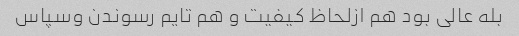
بله عالی بود هم ازلحاظ کیفیت و هم تایم رسوندن وسپاس